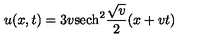
u ( x , t ) = 3 v \mathrm { s e c h } ^ { 2 } { \frac { \sqrt { v } } { 2 } } ( x + v t )